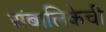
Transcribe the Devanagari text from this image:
अंबालिकेची